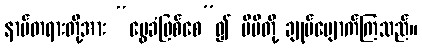
နာမ်တရားတို့အား “မွေခံဖြစ်စေ”၍ မိမိတို့ ချုပ်ပျောက်ကြသည်။